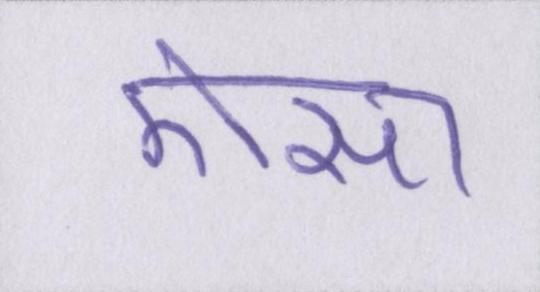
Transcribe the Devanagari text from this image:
ऎसा